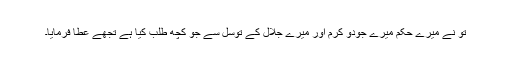
تو نے میرے حکم میرے جودو کرم اور میرے جلال کے توسل سے جو کچھ طلب کیا ہے تجھے عطا فرمایا۔